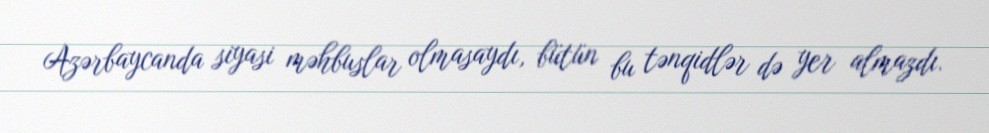
Azərbaycanda siyasi məhbuslar olmasaydı, bütün bu tənqidlər də yer almazdı.